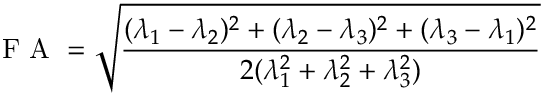
\mathrm { ~ F ~ A ~ } = \sqrt { \frac { ( \lambda _ { 1 } - \lambda _ { 2 } ) ^ { 2 } + ( \lambda _ { 2 } - \lambda _ { 3 } ) ^ { 2 } + ( \lambda _ { 3 } - \lambda _ { 1 } ) ^ { 2 } } { 2 ( \lambda _ { 1 } ^ { 2 } + \lambda _ { 2 } ^ { 2 } + \lambda _ { 3 } ^ { 2 } ) } }